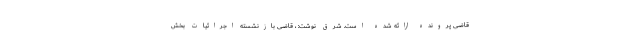
قاضی پرونده ارائه شده است. شرق نوشت: ، قاضی بازنشسته اجرائیات بخش